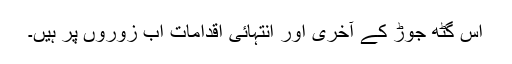
اس گٹھ جوڑ کے آخری اور انتہائی اقدامات اب زوروں پر ہیں۔